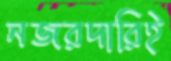
নজরদারিই